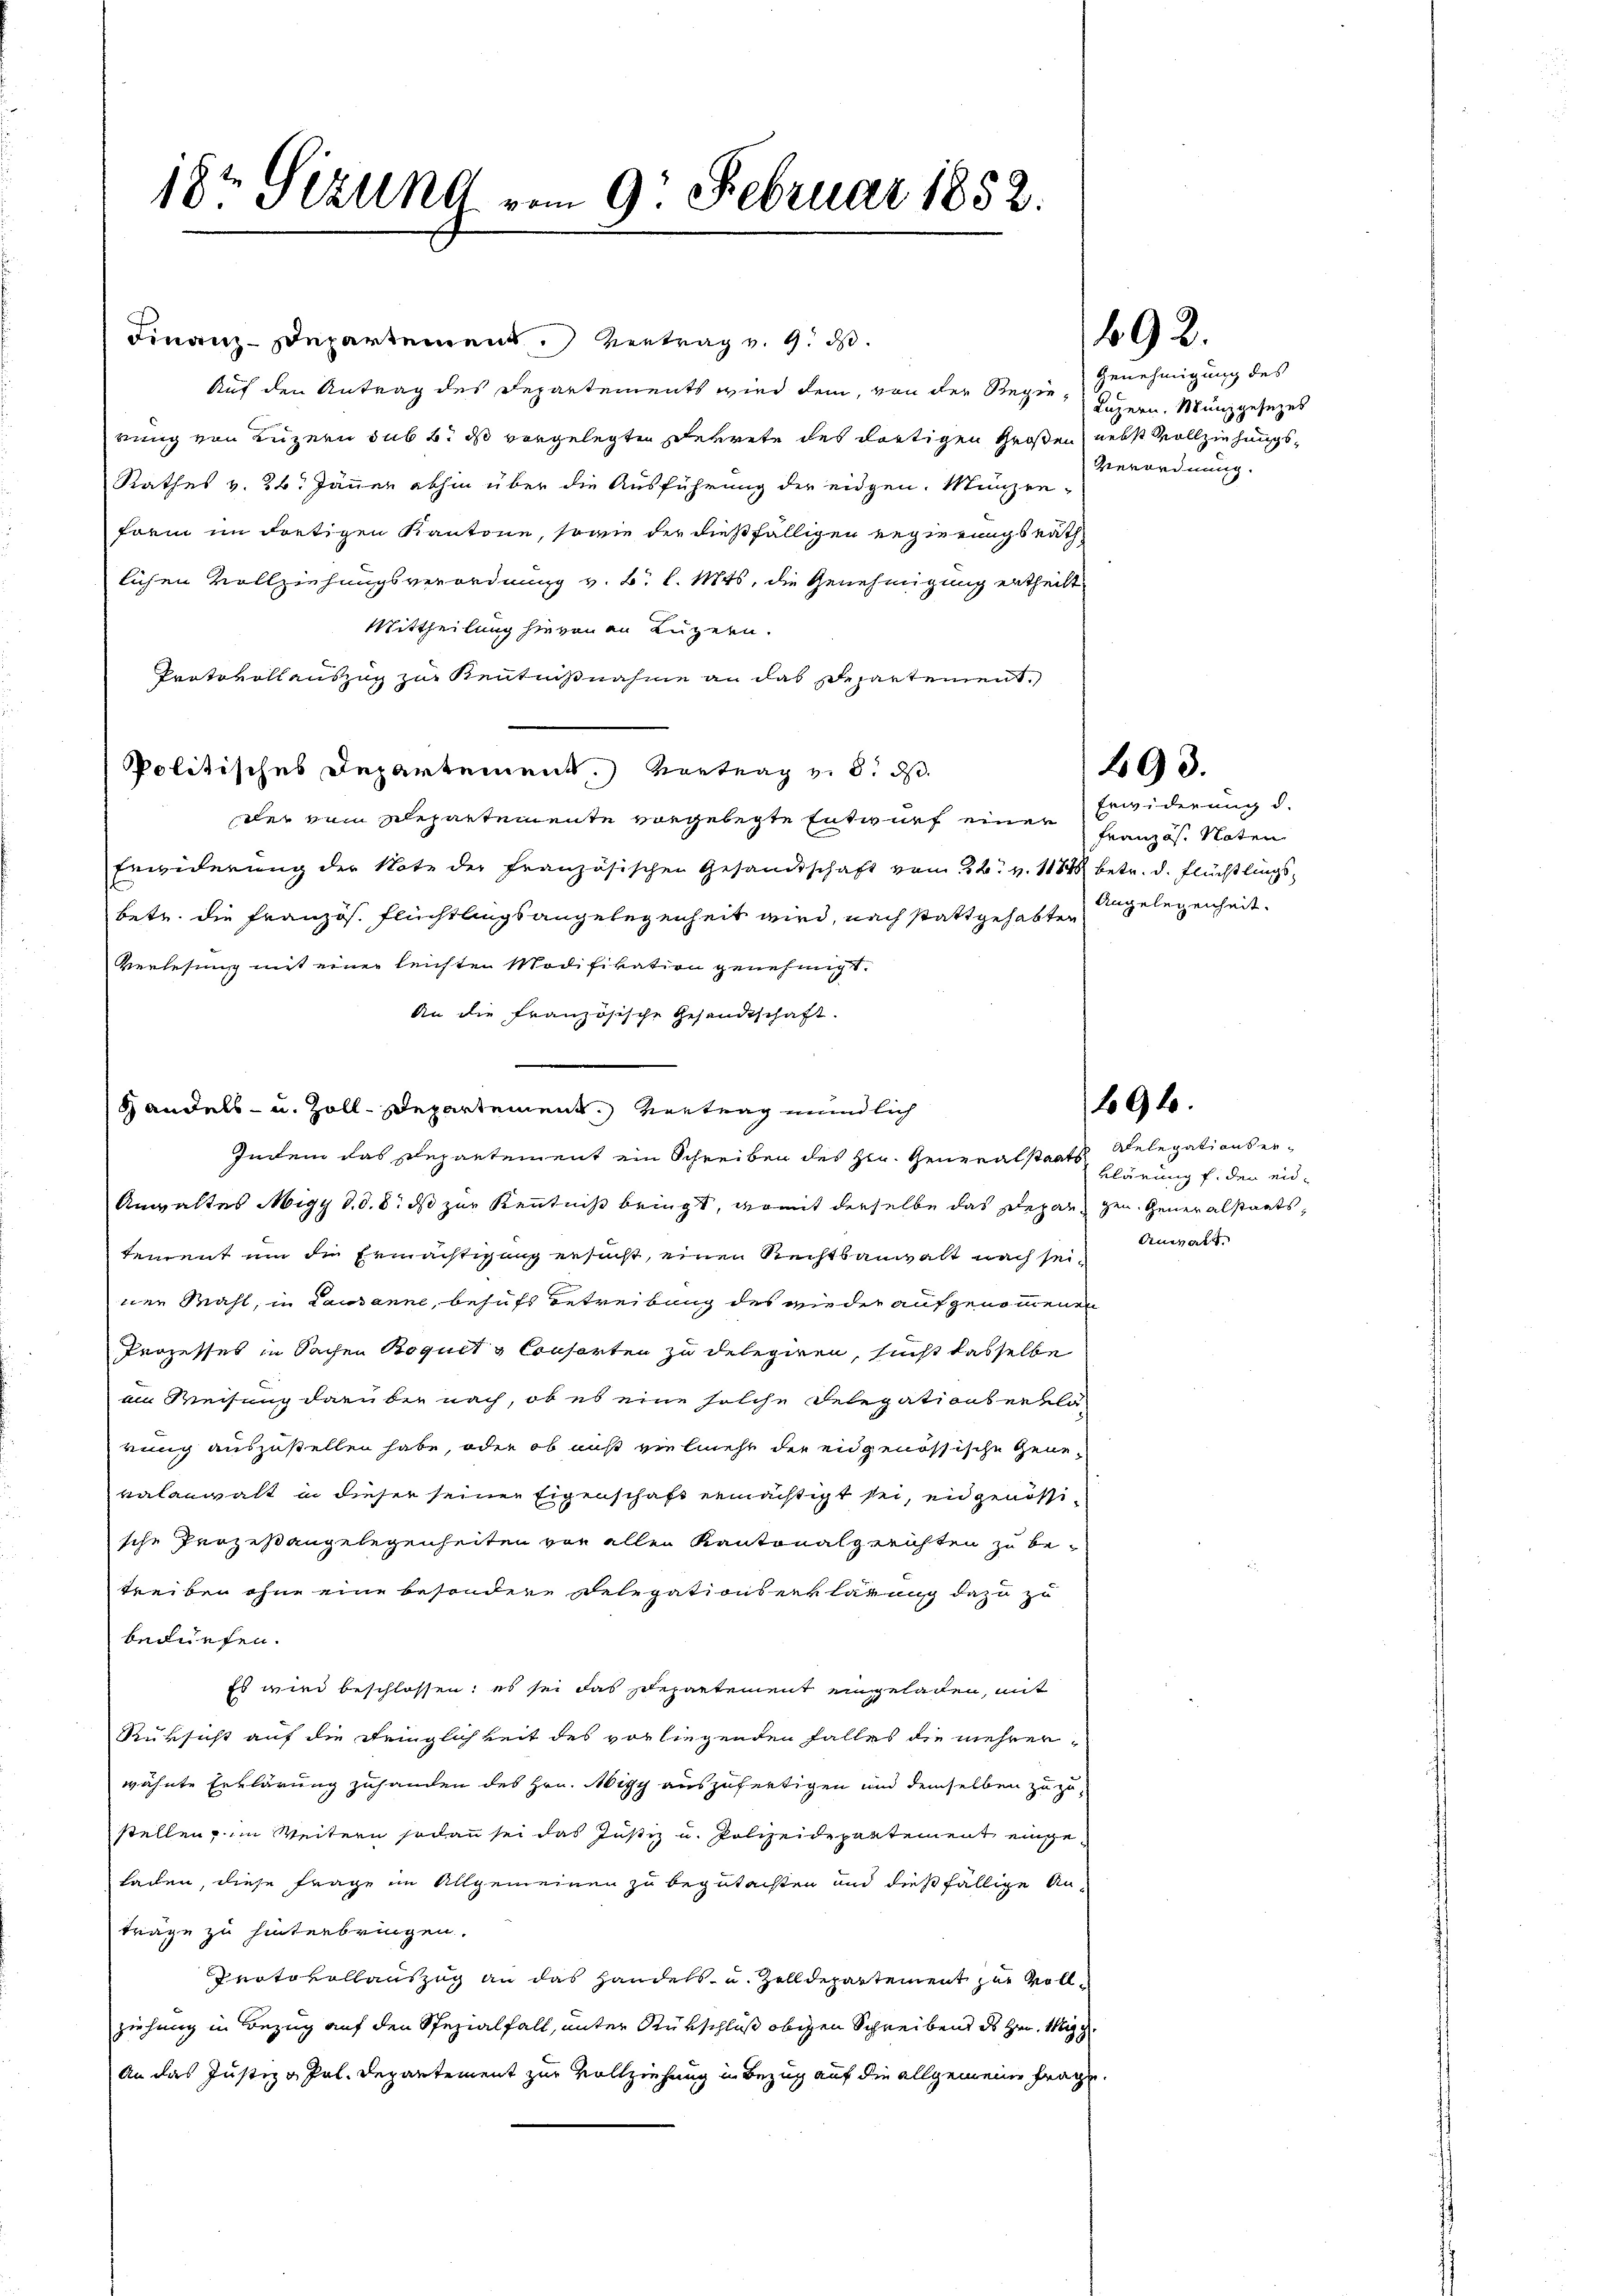
18t Sizung vom 9. Februar 1852.

Finanz-Departement. Vertrag v. 9. ds.
Auf den Antrag des Departements wird dem, von der Regierung von Luzern sub 6. ds vorgelegten Perrete des dortigen Großen, nebst Vollziehungs¬
Rathes v. 24. Jänner abhin über die Ausführung der eidgen. Münzen-
farm im dortigen Kantone, sowie der dießfälligen Regierungsrath
lichen Vollziehungsverordnung v. B. l. Mts. die Genehmigung ertheilt
Mittheilung hievon an Luzern.
Protokollauszug zur Kenntnißnahme an das Departement.
Politisches Departement.) Vortrag v. 8. d.
der vom schepartemente vorgelegte Entwurf einer
Erwiderung der Note der französischen Gesandtschaft vom 22. v. 1848 betr. d. Flüchtlingsbetr. die Französ. Flüchtlingsangelegenheit wird, nach stattgehabten
Verlesung mit einer leichten Modifikation genehmigt.
An die französische Gesandtschaft.
v
 andels- u. Zoll-Departement. Vertrag mündlich
Indem das Repartement ein Schreiben des Hrn. Generalstaats
Anwaltes Migy d. d. 8. ds zur Kenntniß bringt, womit derselbe das Depan gen. Generalstaatstement um die Ermächtigung ersucht, einen Rechtsanwalt nach seiner Mahl, in Lausanne, behufs Betreibung des wieder aufgenommenen
Prozesses in Sachen Boguet à Consorten zu delegiren, sicht dasselbe
am Weisung darüber nach, ob es eine solche Delegationserklä-
rung auszustellen habe, oder ob aus vielmehr der eidgenössische Genevalanwalt in dieser seinen Eigenschaft ermächtigt sei, eidgenössische Prozeßangelegenheiten vor allen Kantonalgerichten zu betreiben ohne eine besondere Delegationserklärung dazu zu
bedürfen.
Es wird beschlossen: es sei das Departement eingeladen, mit
Rüksicht auf die Bringlichkeit des vorliegenden Falles die mehrer-
wähnte Erklärung zuhanden des Hrn. Nigg auszufertigen und demselben zuzustellen, im Weitern sodann sei das Justiz u. Polizeidepartement einge
laden, diese Frage im Allgemeinen zu begutachten und dießfällige Anträge zu hinterbringen.
Protokollauszug an das Handels- und Zolldepartement zur Vollziehung in Bezug auf den Spezialfall, unter Rükschluß obigen Schreibens des Hrn. Mitg
An das Justizg Pal. Departement zur Vollziehung in Bezug auf die allgemeine Frage

492.

Genehmigung des
Luzern, Münzgesezes
Verordnung.

Erwiderung d.
Französ. Noten
Angelegenheit.

693.

696.

Relegationser
klärung f. der eid¬

Anwalt.